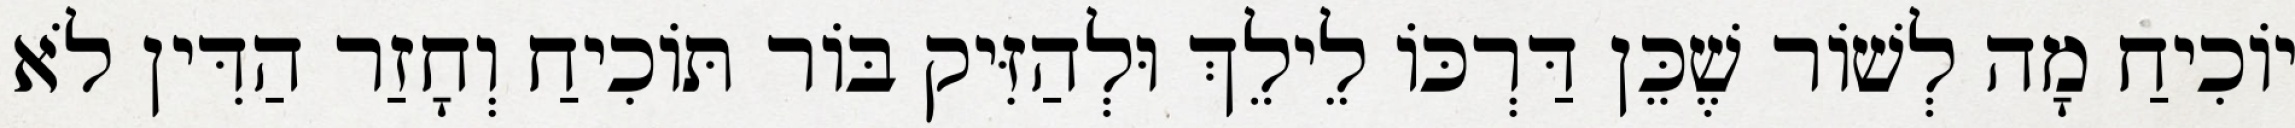
יוֹכִיחַ מָה לְשׁוֹר שֶׁכֵּן דַּרְכּוֹ לֵילֵךְ וּלְהַזִּיק בּוֹר תּוֹכִיחַ וְחָזַר הַדִּין לֹא